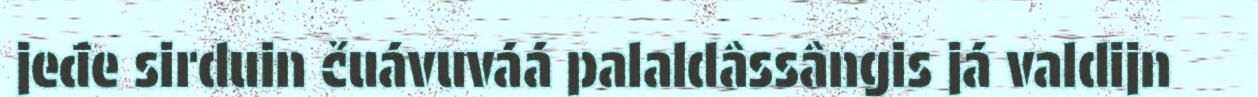
jeđe sirduin čuávuváá palaldâssângis já valdijn